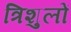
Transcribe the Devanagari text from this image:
त्रिशुलों